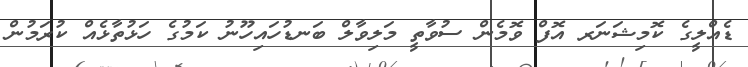
ޑެއްލީގެ ކޮމިޝަނަރ އޮފް ވޮމެން ސުވާތީ މަލިވާލް ބަނޑުހައިހޫނު ކަމުގެ ހަޅުތާޅެއް ކުރަމުން